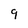
Character: 9